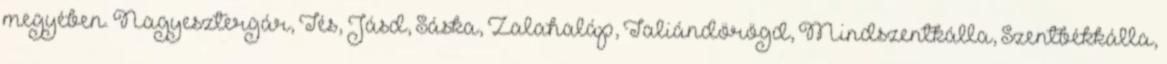
megyében. Nagyesztergár, Tés, Jásd, Sáska, Zalahaláp, Taliándörögd, Mindszentkálla, Szentbékkálla,